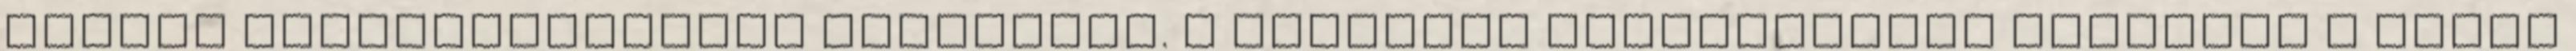
felett fokozatmentesen állítható. A magasság rögzítéséhez elegendő a hátsó